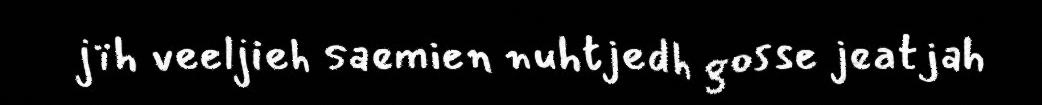
jïh veeljieh saemien nuhtjedh gosse jeatjah